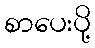
စာပေးပို့